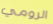
الرومي